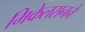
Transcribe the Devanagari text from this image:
मिकेलसनने